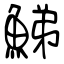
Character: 鮷